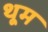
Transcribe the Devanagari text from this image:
थूम